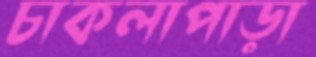
চাকলাপাড়া